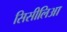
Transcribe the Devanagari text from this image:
सिसीलिआ